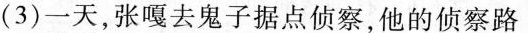
(3)一天，张嘎去鬼子据点侦察，他的侦察路